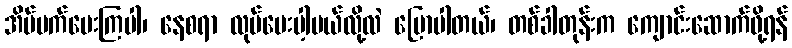
အိပ်မက်ပေးကြပါ၊ နေစရာ လုပ်ပေးပါ့မယ်လို့လဲ ပြောပါတယ်၊ တစ်ခါတုန်းက ကျောင်းဆောက်ဖို့ရန်